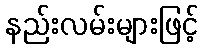
နည်းလမ်းများဖြင့်